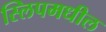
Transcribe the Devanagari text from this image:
स्लिपमधील